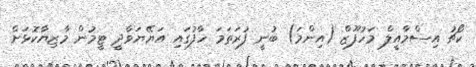
ކޯޗު އިސްމާއީލް މަހުފޫޒް (އިންމަ) ބުނީ ފުރަތަމަ ހާފުގައި އަޔޭޔަވާދީ ޓީމުން މާޒިޔާކޮޅަށް